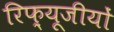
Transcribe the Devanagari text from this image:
रिफ़्यूजीयों